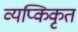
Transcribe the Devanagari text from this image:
व्यप्किकृत